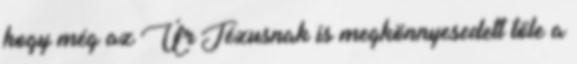
hogy még az Úr Jézusnak is megkönnyesedett tőle a